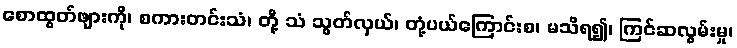
စောထွတ်ဖျားကို၊ စကားတင်းသံ၊ တို့ သံ သွတ်လှယ်၊ တုံ့ပယ်ကြောင်းစ၊ မသိရ၍၊ ကြင်ဆလွမ်းမှု၊